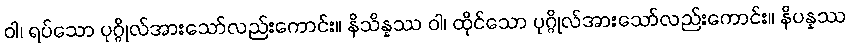
ဝါ၊ ရပ်သော ပုဂ္ဂိုလ်အားသော်လည်းကောင်း။ နိသိန္နဿ ဝါ၊ ထိုင်သော ပုဂ္ဂိုလ်အားသော်လည်းကောင်း။ နိပန္နဿ